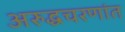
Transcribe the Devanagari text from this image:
अरुद्धचरणांत